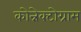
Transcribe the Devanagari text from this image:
कोन्नेक्टोग्राम